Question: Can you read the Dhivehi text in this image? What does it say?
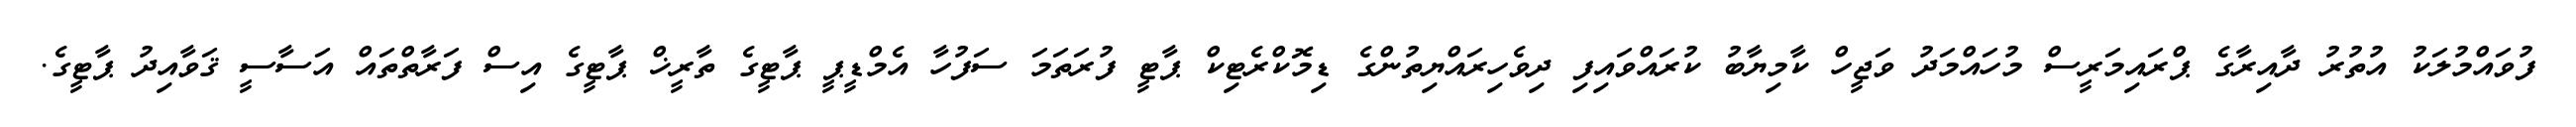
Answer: ފުވައްމުލަކު އުތުރު ދާއިރާގެ ޕްރައިމަރީސް މުހައްމަދު ވަޖީހް ކާމިޔާބު ކުރައްވައިފި ދިވެހިރައްޔިތުންގެ ޑިމޮކްރެޓިކް ޕާޓީ ފުރަތަމަ ސަފުހާ އެމްޑީޕީ ޕާޓީގެ ތާރީޚް ޕާޓީގެ އިސް ފަރާތްތައް އަސާސީ ޤަވާއިދު ޕާޓީގެ.